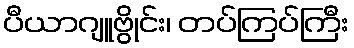
ပီယာဂျူဗွိုင်း၊ တပ်ကြပ်ကြီး